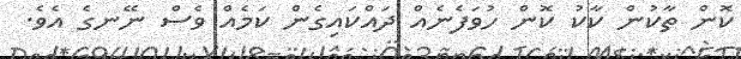
ކޮން ތާކުން ކާކު ކޮން ހުވަފެނެއް ދައްކައިގެން ކަމެއް ވެސް ނޭނގެ އެވެ.